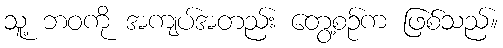
သူ့ ဘဝကို အကျပ်အတည်း တွေ့စဉ်က ဖြစ်သည်။